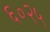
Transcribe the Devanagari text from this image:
६०२५